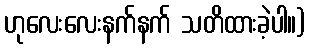
ဟုလေးလေးနက်နက် သတိထားခဲ့ပါ။)